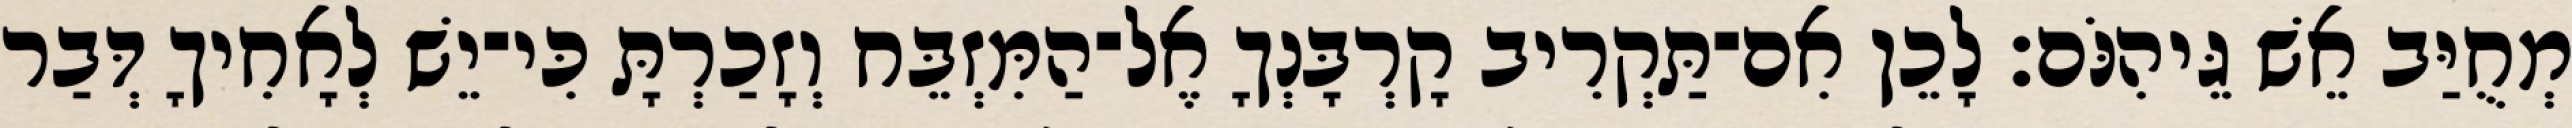
מְחֻיַּב אֵשׁ גֵּיהִנֹּם׃ לָכֵן אִם־תַּקְרִיב קָרְבָּנְךָ אֶל־הַמִּזְבֵּח וְזָכַרְתָּ כִּי־יֵשׁ לְאָחִיךָ דְּבַר